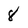
Character: 8